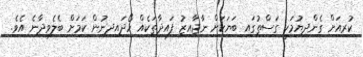
ކުރިއަށް ގެންދިޔުމަކީ ގަސްތުގައި ބަޔަކަށް ނާޖާއިޒު ފައިދާތަކެއް ހޯދައިދިނުން ކަމަށް ބެލެވިދާނެ އެވެ.